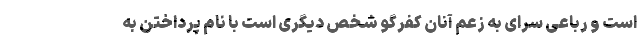
است و رباعی سرای به زعم آنان کفرگو شخص دیگری است با نام پرداختن به